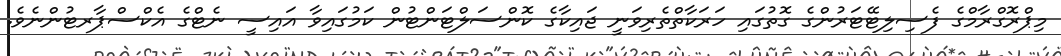
މިޕްރޮގްރާމްގެ ފެސިލިޓޭޓަރުންގެ ގޮތުގައި ހަރަކާތްތެރިވަނީ ޖައިކާގެ ކޮންސަލްޓަންޓުން ކަމުގައިވާ އައިސީ ނެޓްގެ އެކްސްޕާރޓުންނެވެ.